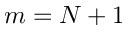
m = N + 1